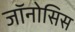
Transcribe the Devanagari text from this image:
जॉनोसिस